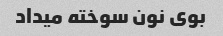
بوی نون سوخته میداد